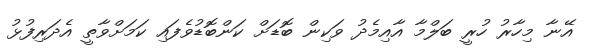
އޭނާ މިހާރު ހުރީ ބަލްމާ އާއިމެދު ވަކިން ބޮޑަށް ކަންބޮޑުވެފައި ކަމަށްވާތީ އެދަރިފުޅު